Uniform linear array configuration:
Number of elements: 24
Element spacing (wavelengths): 0.75
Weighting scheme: uniform
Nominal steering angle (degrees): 60
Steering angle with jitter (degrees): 58.019
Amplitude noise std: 0.05
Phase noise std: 0.05

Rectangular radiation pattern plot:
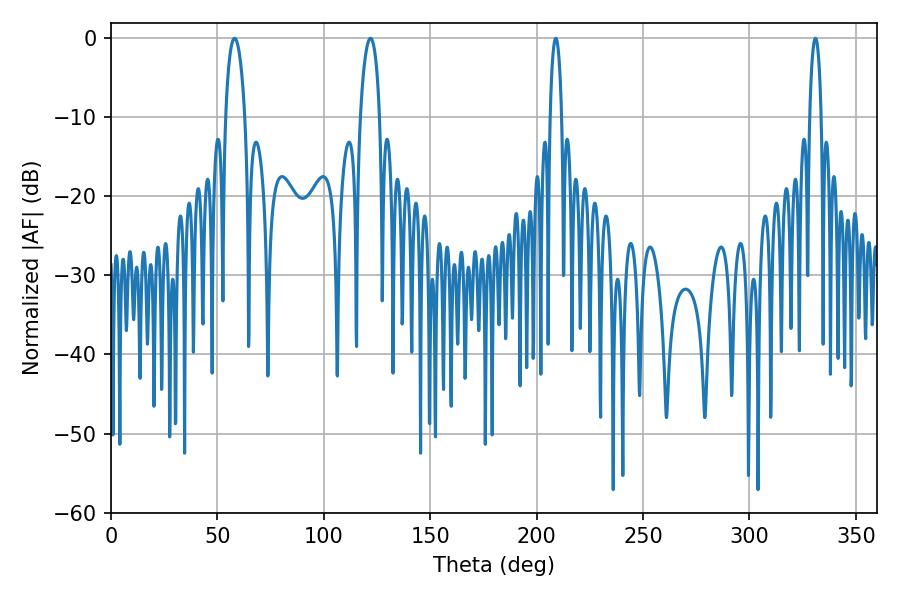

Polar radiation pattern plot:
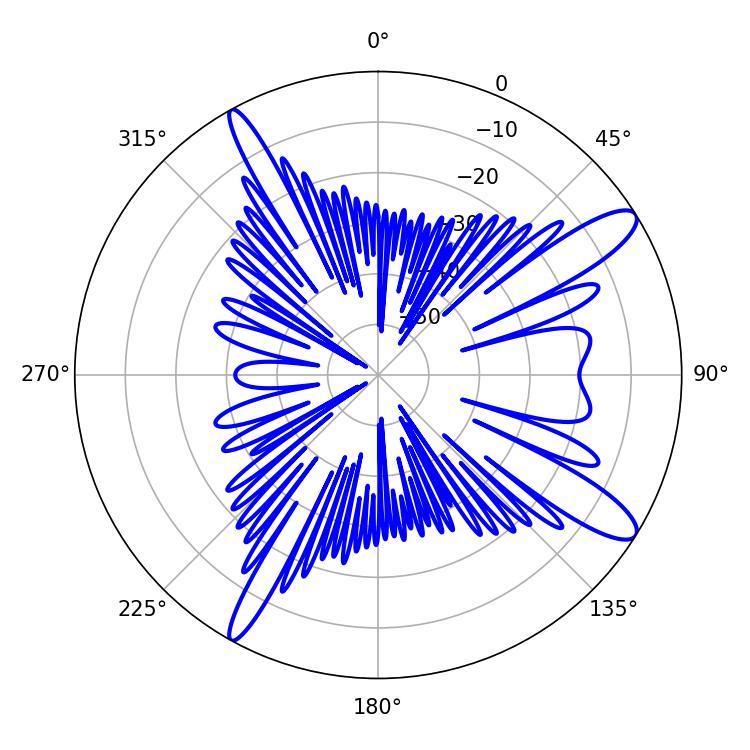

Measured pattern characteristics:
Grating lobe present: TRUE
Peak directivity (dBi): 12.274
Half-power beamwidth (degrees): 3.06
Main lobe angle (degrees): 208.98